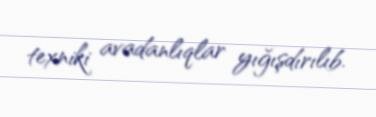
texniki avadanlıqlar yığışdırılıb.